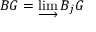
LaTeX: B G = \varinjlim B _ { j } G